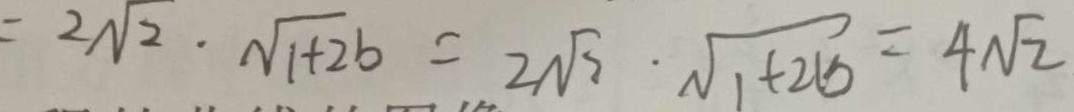
= 2 \sqrt { 2 } \cdot \sqrt { 1 + 2 b } = 2 \sqrt { 3 } \cdot \sqrt { 1 + 2 b } = 4 \sqrt { 2 }